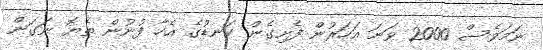
ނަމަވެސް 2000 ވަނަ އަހަރުން ފެށިގެން ކަނޑުގެ އެހާ ފުނުން ތެޔޮ ނަގަން